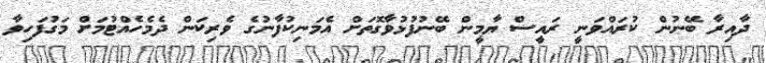
ދާއިރާ ބޭނުން ކުރައްވަނީ ރައީސް ޔާމީން ބޭނުފުޅުވާގޮތަށް އެމަނިކުފާނުގެ ވެރިކަން ދެމެހެއްޓުމަށް މަގުފަހިވާ